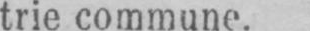
trie commune.